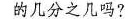
的几分之几吗?